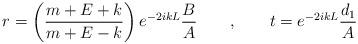
LaTeX: \begin{align*}r= \left( \frac{m+E+k}{m+E-k} \right) e^{-2ikL}\frac{B}{A}\qquad , \qquad t=e^{-2ikL}\frac{d_1}{A}\end{align*}